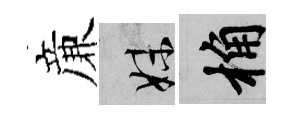
亷妹桷